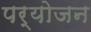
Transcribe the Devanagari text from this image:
पर्योजन